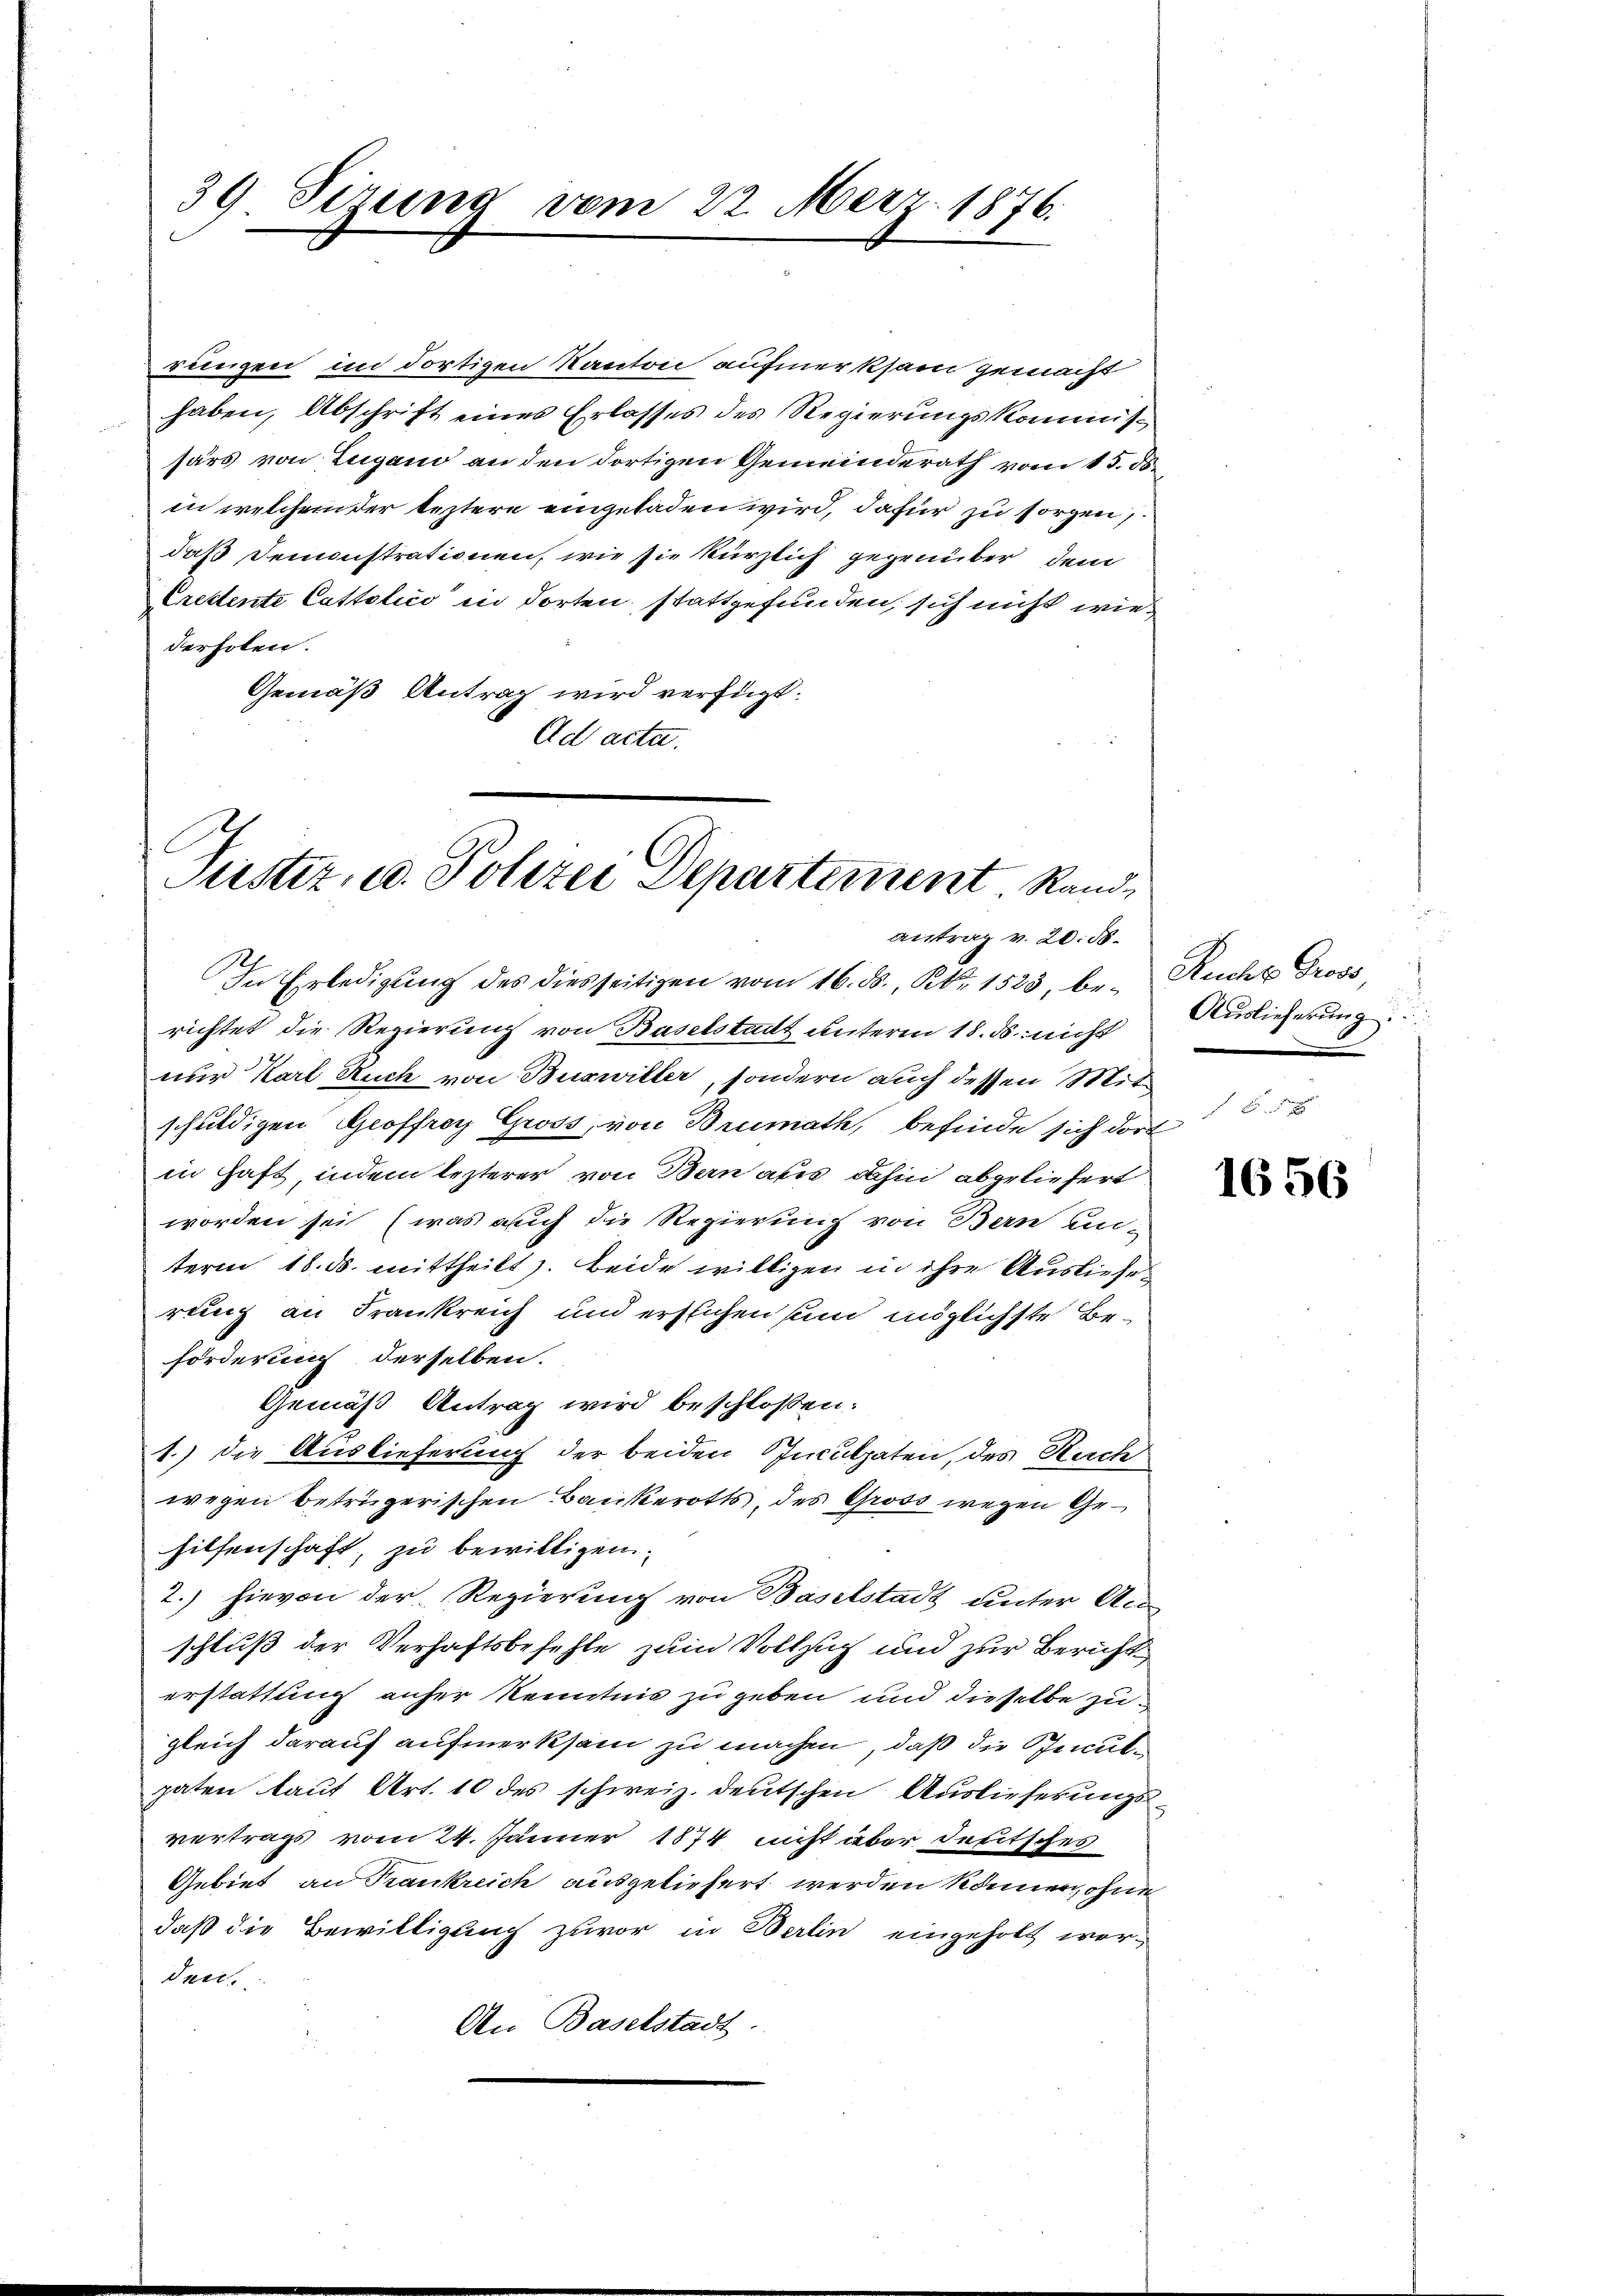
39 Pirung vom 22. Merz 1876.

rungen im dortigen Kanton aufmerksam gemacht
haben, Abschrift eines Erlasses des Regierungskommissärs von Zugano an den dortigen Gemeinderath vom 15. ds.
in welchem der leztere eingeladen wird, dafür zu sorgen,
daß Denonstrationen, wie sie kürzlich gegenüber dem
Credente Cattolice in dorten stattgefunden, sich nicht wiederholen.
Gemäß Antrag wird verfügt.
Ad acta.

E
Justiz, u. Polizei Departement Rand¬

In Erledigung des diesseitigen vom 16. ds., S. 1523, be- Rucht Gross
richtet die Regierung von Baselstadt unterm 18. ds. nicht
nur Karl Auch von Buswiller, sondern auch dessen Mitschuldigen Geoffrey Gross, von Brumath, befinde sich dort
in Haft, indem lezterer von Bern aus dahin abgeliefert
worden sei, (was auch die Regierung von Bern un-
term 18. ds. mittheilt. Beide willigen in ihre Ausliefe
rung an Frankreich und erstichen und möglichste Beförderung derselben.
Gemäß Antrag wird beschlossen:
1.) die Auslieferung der beiden Inculpaten, des Nach
wegen betrügerischen Bankerotts, des Gross wegen Gehilfenschaft, zu bewilligen.
2. hievon der Regierung von Baselstadt unter An
schluß der Verhaftsbefehle zum Vollzug und zur Bericht
erstattung anher Kenntnis zu geben und dieselbe zugleich darauf aufmerksam zu machen, daß die Benutgaten laut Art. 10 des schweiz. deutschen Auslieferungs-
vertrags vom 24. Jänner 1874 nicht aber deutsches
Gebiet, an Frankreich ausgeliefert werden können, ohne
daß die Bewilligung zuvor in Berlin eingeholt worder.
An Baselstadt

antrag v. 20. ds.

Auslieferung

1656